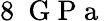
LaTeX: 8~\mathrm{~G~P~a~}